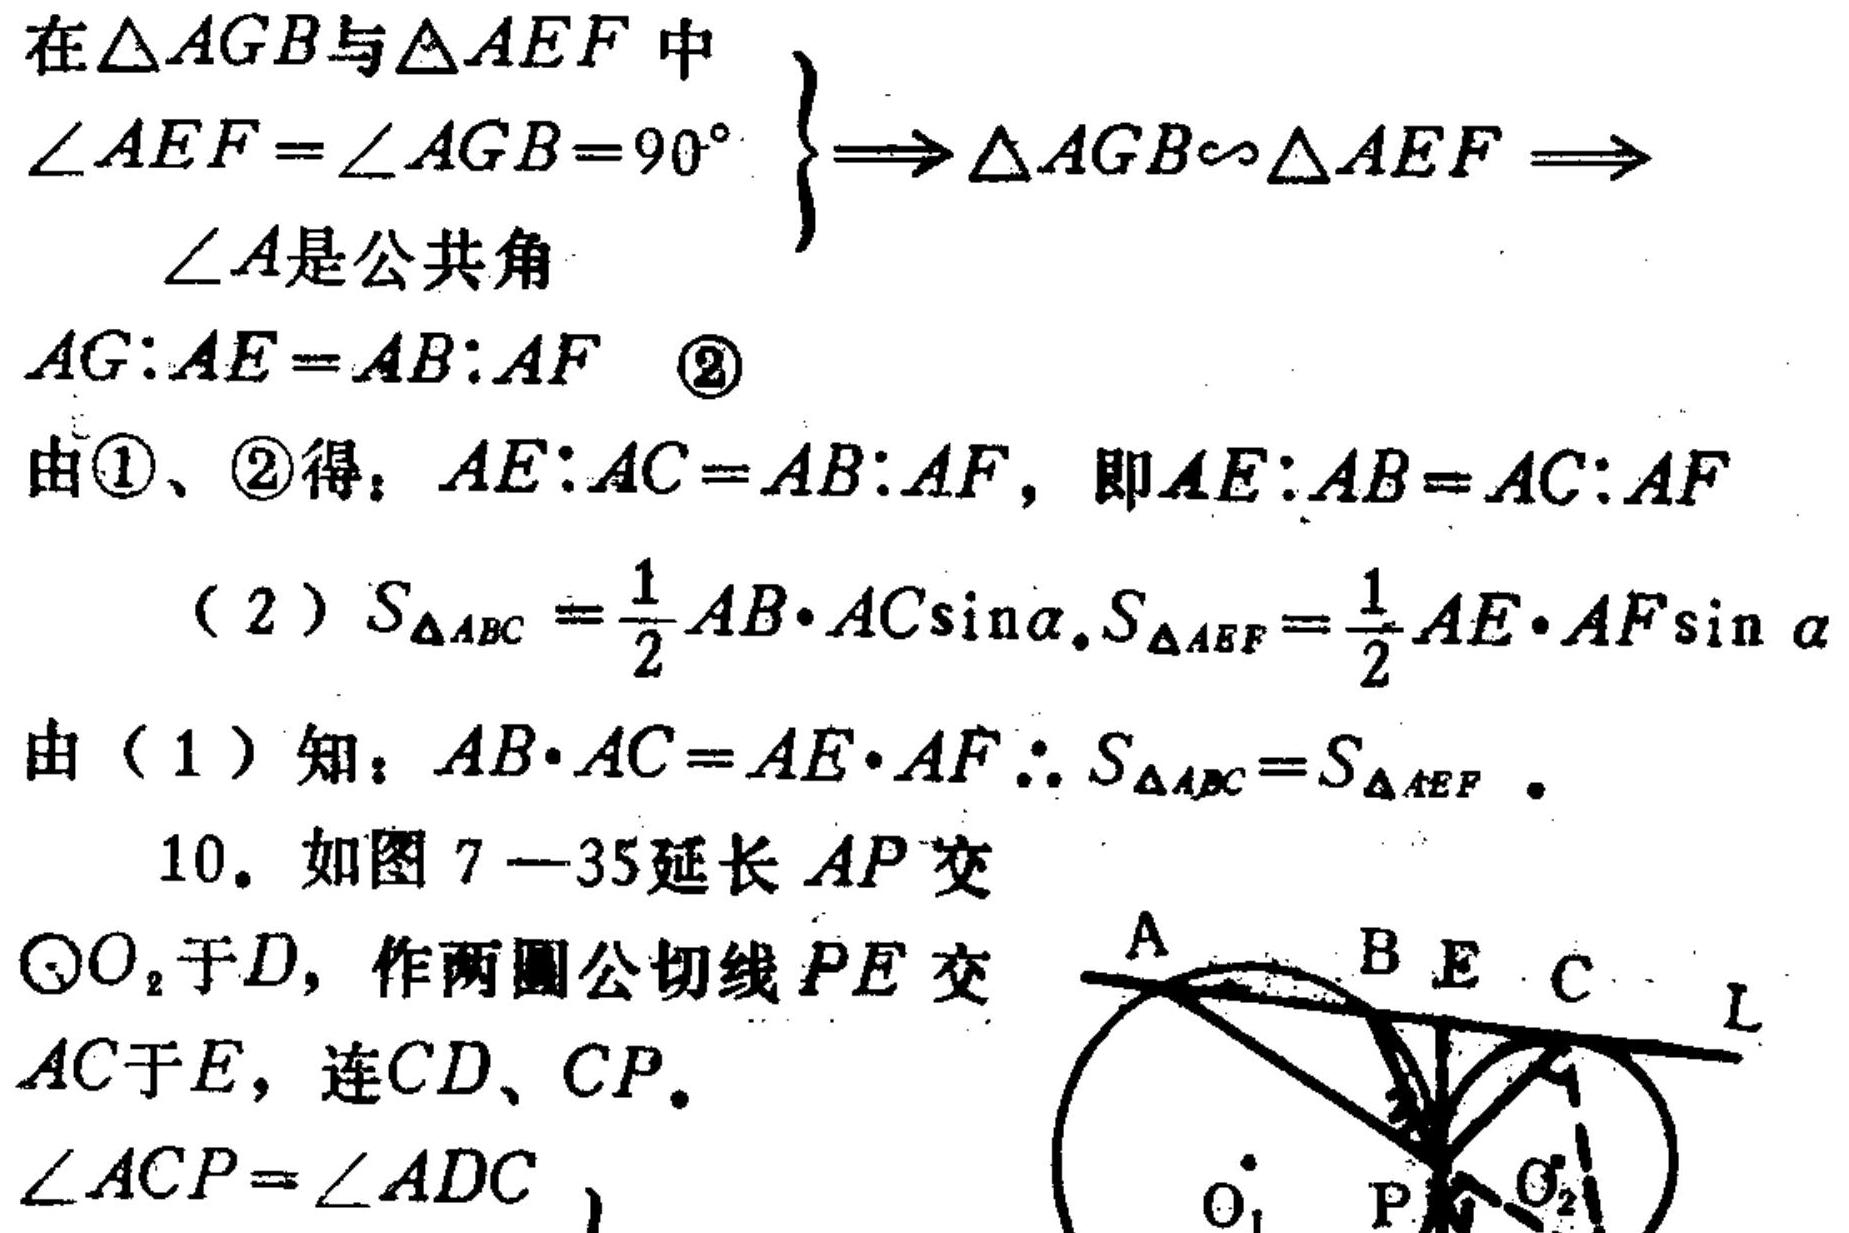
在$\triangle AGB$与$\triangle AEF$中
$\left.\begin{array}{l}
\angle AEF = \angle AGB = 90^{\circ}\\
\angle A是公共角
\end{array}\right\} \Rightarrow \triangle AGB\sim\triangle AEF\Rightarrow$
$AG:AE = AB:AF$  \textcircled{2}
由\textcircled{1}、\textcircled{2}得：$AE:AC = AB:AF$，即$AE:AB = AC:AF$
（2）$S_{\triangle ABC}=\frac{1}{2}AB\cdot AC\sin\alpha,S_{\triangle AEF}=\frac{1}{2}AE\cdot AF\sin\alpha$
由（1）知：$AB\cdot AC = AE\cdot AF\therefore S_{\triangle ABC}=S_{\triangle AEF}$。
10. 如图7—35延长$AP$交
$\odot O_{2}$于$D$，作两圆公切线$PE$交
$AC$于$E$，连$CD$、$CP$。
$\angle ACP=\angle ADC$